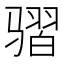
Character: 𱅩